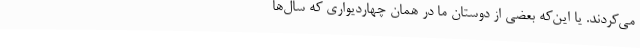
می‌کردند. یا این‌که بعضی از دوستان ما در همان چهاردیواری که سال‌ها